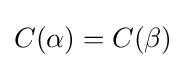
C(\alpha )=C(\beta )